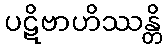
ပဋိဗာဟိဿန္တိ